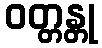
ဝတ္တန္တု